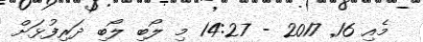
މެއި 16